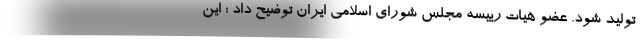
تولید شود. عضو هیات رییسه مجلس شورای اسلامی ایران توضیح داد : این